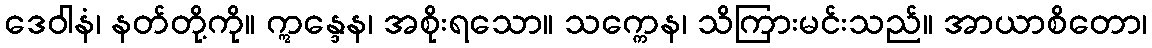
ဒေဝါနံ၊ နတ်တို့ကို။ ဣန္ဒေန၊ အစိုးရသော။ သက္ကေန၊ သိကြားမင်းသည်။ အာယာစိတော၊